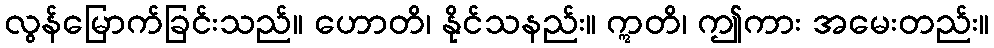
လွန်မြောက်ခြင်းသည်။ ဟောတိ၊ နိုင်သနည်း။ ဣတိ၊ ဤကား အမေးတည်း။